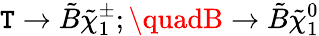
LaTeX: \mathtt{T}\rightarrow\tilde{{B}}{\tilde{{\chi}}}_{1}^{\pm};\quadB\rightarrow\tilde{{B}}{\tilde{{\chi}}}_{1}^{0}